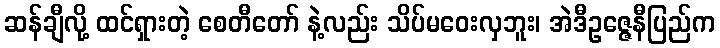
ဆန်ချီလို့ ထင်ရှားတဲ့ စေတီတော် နဲ့လည်း သိပ်မဝေးလှဘူး၊ အဲဒီဥဇ္ဇေနီပြည်က